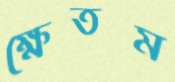
ক্ষেতম